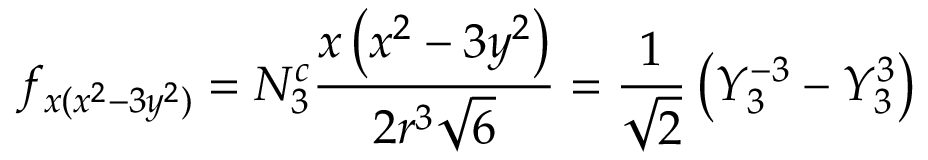
f _ { x ( x ^ { 2 } - 3 y ^ { 2 } ) } = N _ { 3 } ^ { c } { \frac { x \left( x ^ { 2 } - 3 y ^ { 2 } \right) } { 2 r ^ { 3 } { \sqrt { 6 } } } } = { \frac { 1 } { \sqrt { 2 } } } \left( Y _ { 3 } ^ { - 3 } - Y _ { 3 } ^ { 3 } \right)